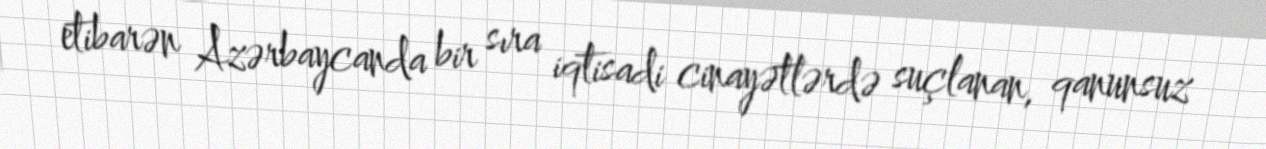
etibarən Azərbaycanda bir sıra iqtisadi cinayətlərdə suçlanan, qanunsuz